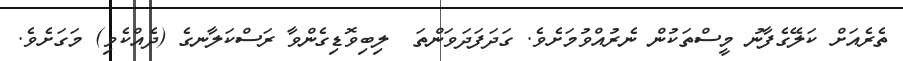
ތެރެއަށް ކަލޭގެފާނު މީސްތަކުން ނެރުއްވުމަށެވެ. ގަދަފަދަވަންތަ  ލިބިވޮޑިގެންވާ ރަސްކަލާނގެ (ދެއްކެވި) މަގަށެވެ.